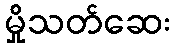
မှိုသတ်ဆေး